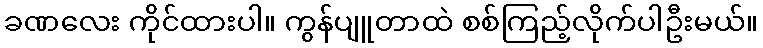
ခဏလေး ကိုင်ထားပါ။ ကွန်ပျူတာထဲ စစ်ကြည့်လိုက်ပါဦးမယ်။